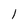
Character: 1